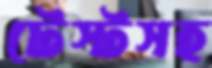
টেস্টসহ